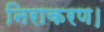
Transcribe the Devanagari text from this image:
निराकरण।